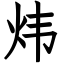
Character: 炜